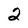
Character: 2